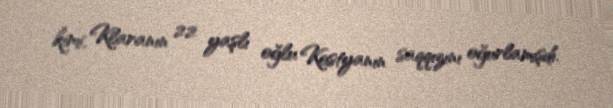
kimi, Klaranın 22 yaşlı oğlu Kostyanın saqqızını oğurlamışdı.